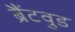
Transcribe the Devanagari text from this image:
ब्रैंटवुड